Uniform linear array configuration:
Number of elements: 8
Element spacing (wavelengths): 0.5
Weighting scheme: uniform
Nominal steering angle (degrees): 60
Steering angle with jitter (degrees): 60.898
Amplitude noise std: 0.05
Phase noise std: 0.05

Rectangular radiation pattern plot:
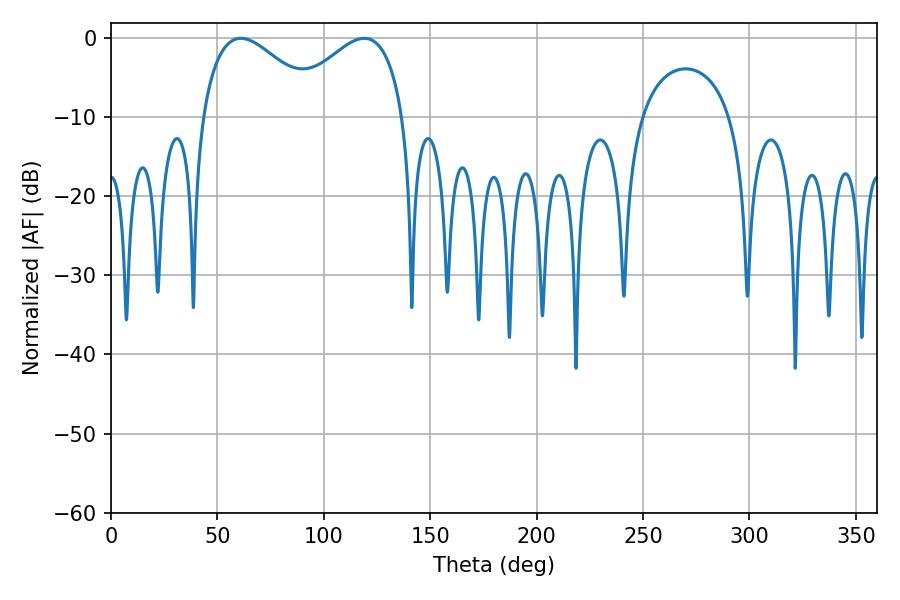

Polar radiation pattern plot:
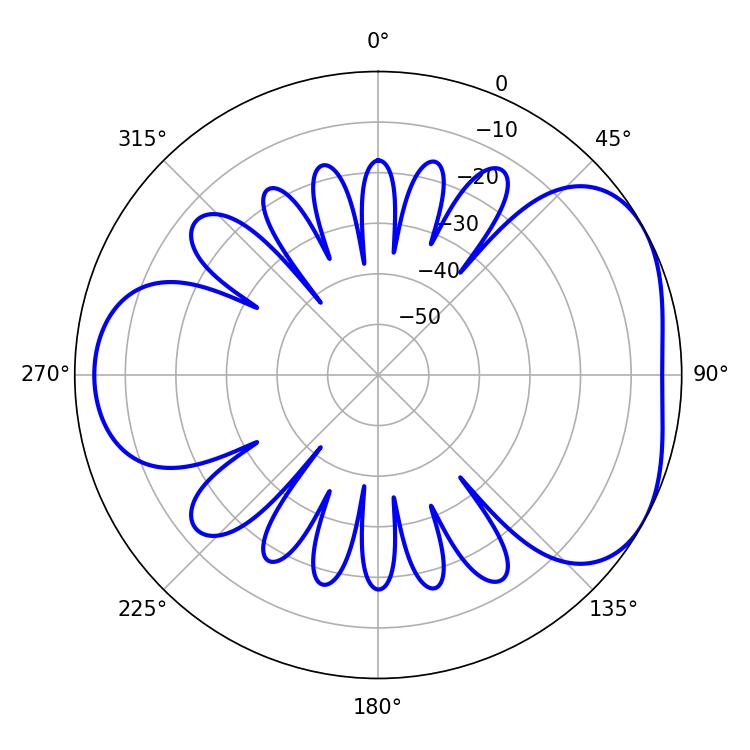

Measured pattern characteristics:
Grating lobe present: FALSE
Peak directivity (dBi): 4.384
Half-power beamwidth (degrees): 30.6
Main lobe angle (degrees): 61.02